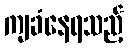
ကျခံနေရသည့်